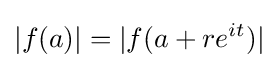
|f(a)|=|f(a+re^{it})|